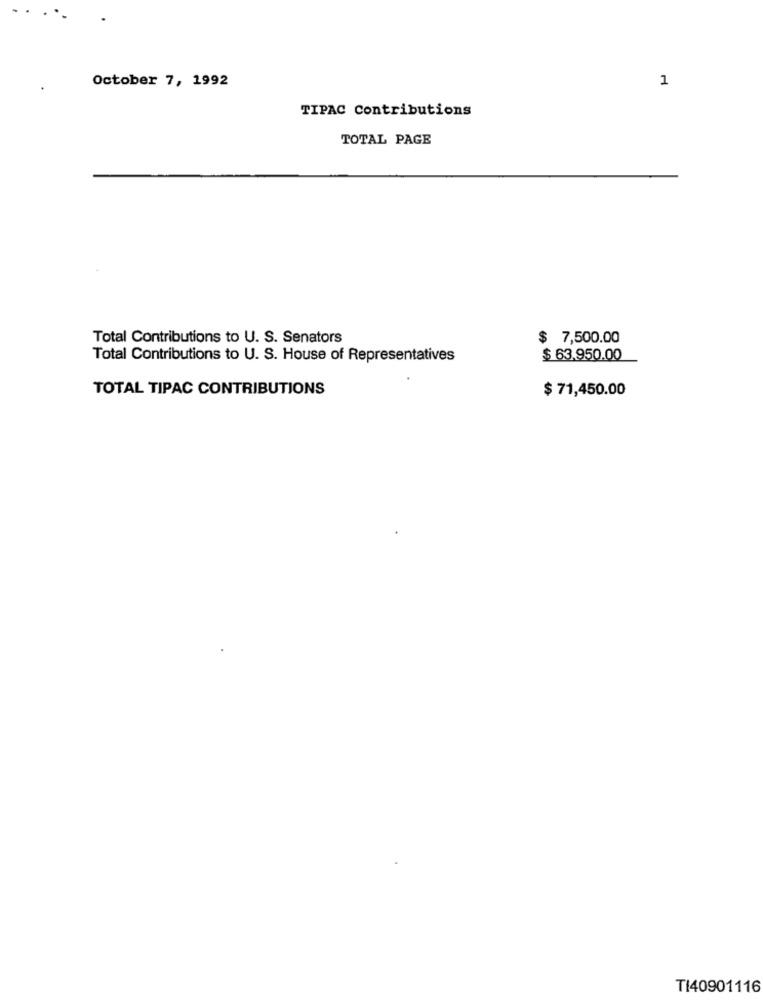
October 7, 1992
1
TIPAC Contributions
TOTAL PAGE
Total Contributions to U. S. Senators
$ 7,500.00
Total Contributions to U. S. House of Representatives
$ 63.950.00
TOTAL TIPAC CONTRIBUTIONS
$ 71,450.00
TI40901116